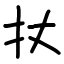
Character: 扙